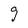
Character: g